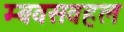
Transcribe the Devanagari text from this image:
म्बवसवहल